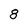
Character: 8